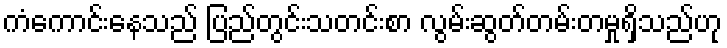
ကံကောင်းနေသည် ပြည်တွင်းသတင်းစာ လွမ်းဆွတ်တမ်းတမှုရှိသည်ဟု